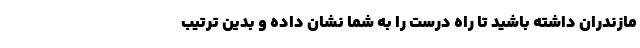
مازندران داشته باشید تا راه درست را به شما نشان داده و بدین ترتیب